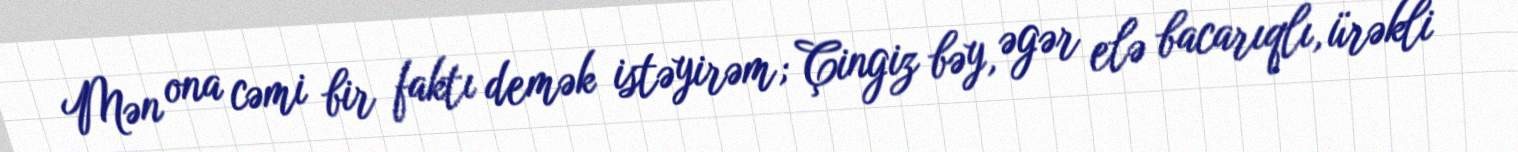
Mən ona cəmi bir faktı demək istəyirəm; Çingiz bəy, əgər elə bacarıqlı, ürəkli